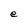
Character: e